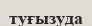
туғызуда